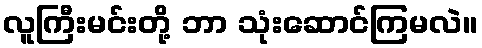
လူကြီးမင်းတို့ ဘာ သုံးဆောင်ကြမလဲ။